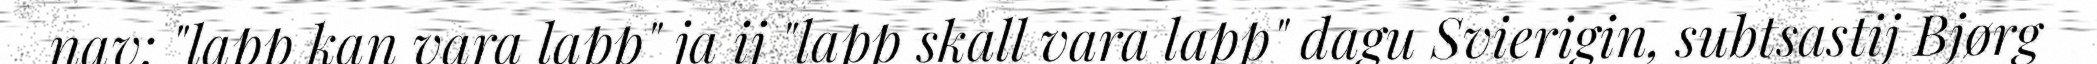
nav: "lapp kan vara lapp" ja ij "lapp skall vara lapp" dagu Svierigin, subtsastij Bjørg